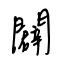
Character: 闢